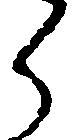
ら